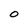
Character: O